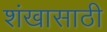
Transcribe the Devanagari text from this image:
शंखासाठी